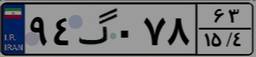
۲۷گ۲۴۶۴۴